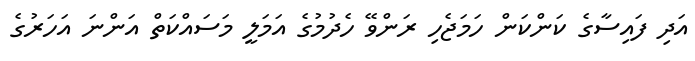
އަދި ފައިސާގެ ކަންކަން ހަމަޖެހި ރަންވޭ ހެދުމުގެ އަމަލީ މަސައްކަތް އަންނަ އަހަރުގެ